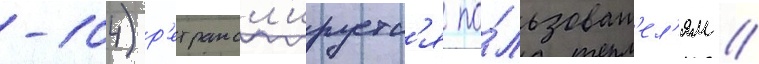
-104) р'етрансл'ируетс'я по́льзоват'ел'ям //